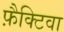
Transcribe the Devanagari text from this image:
फ़ैक्टिवा